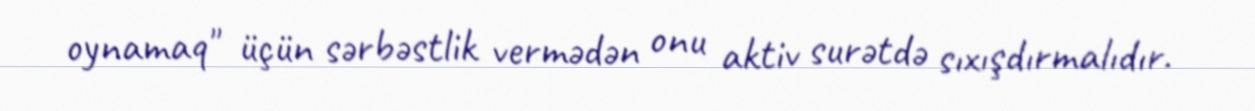
oynamaq" üçün sərbəstlik vermədən onu aktiv surətdə sıxışdırmalıdır.